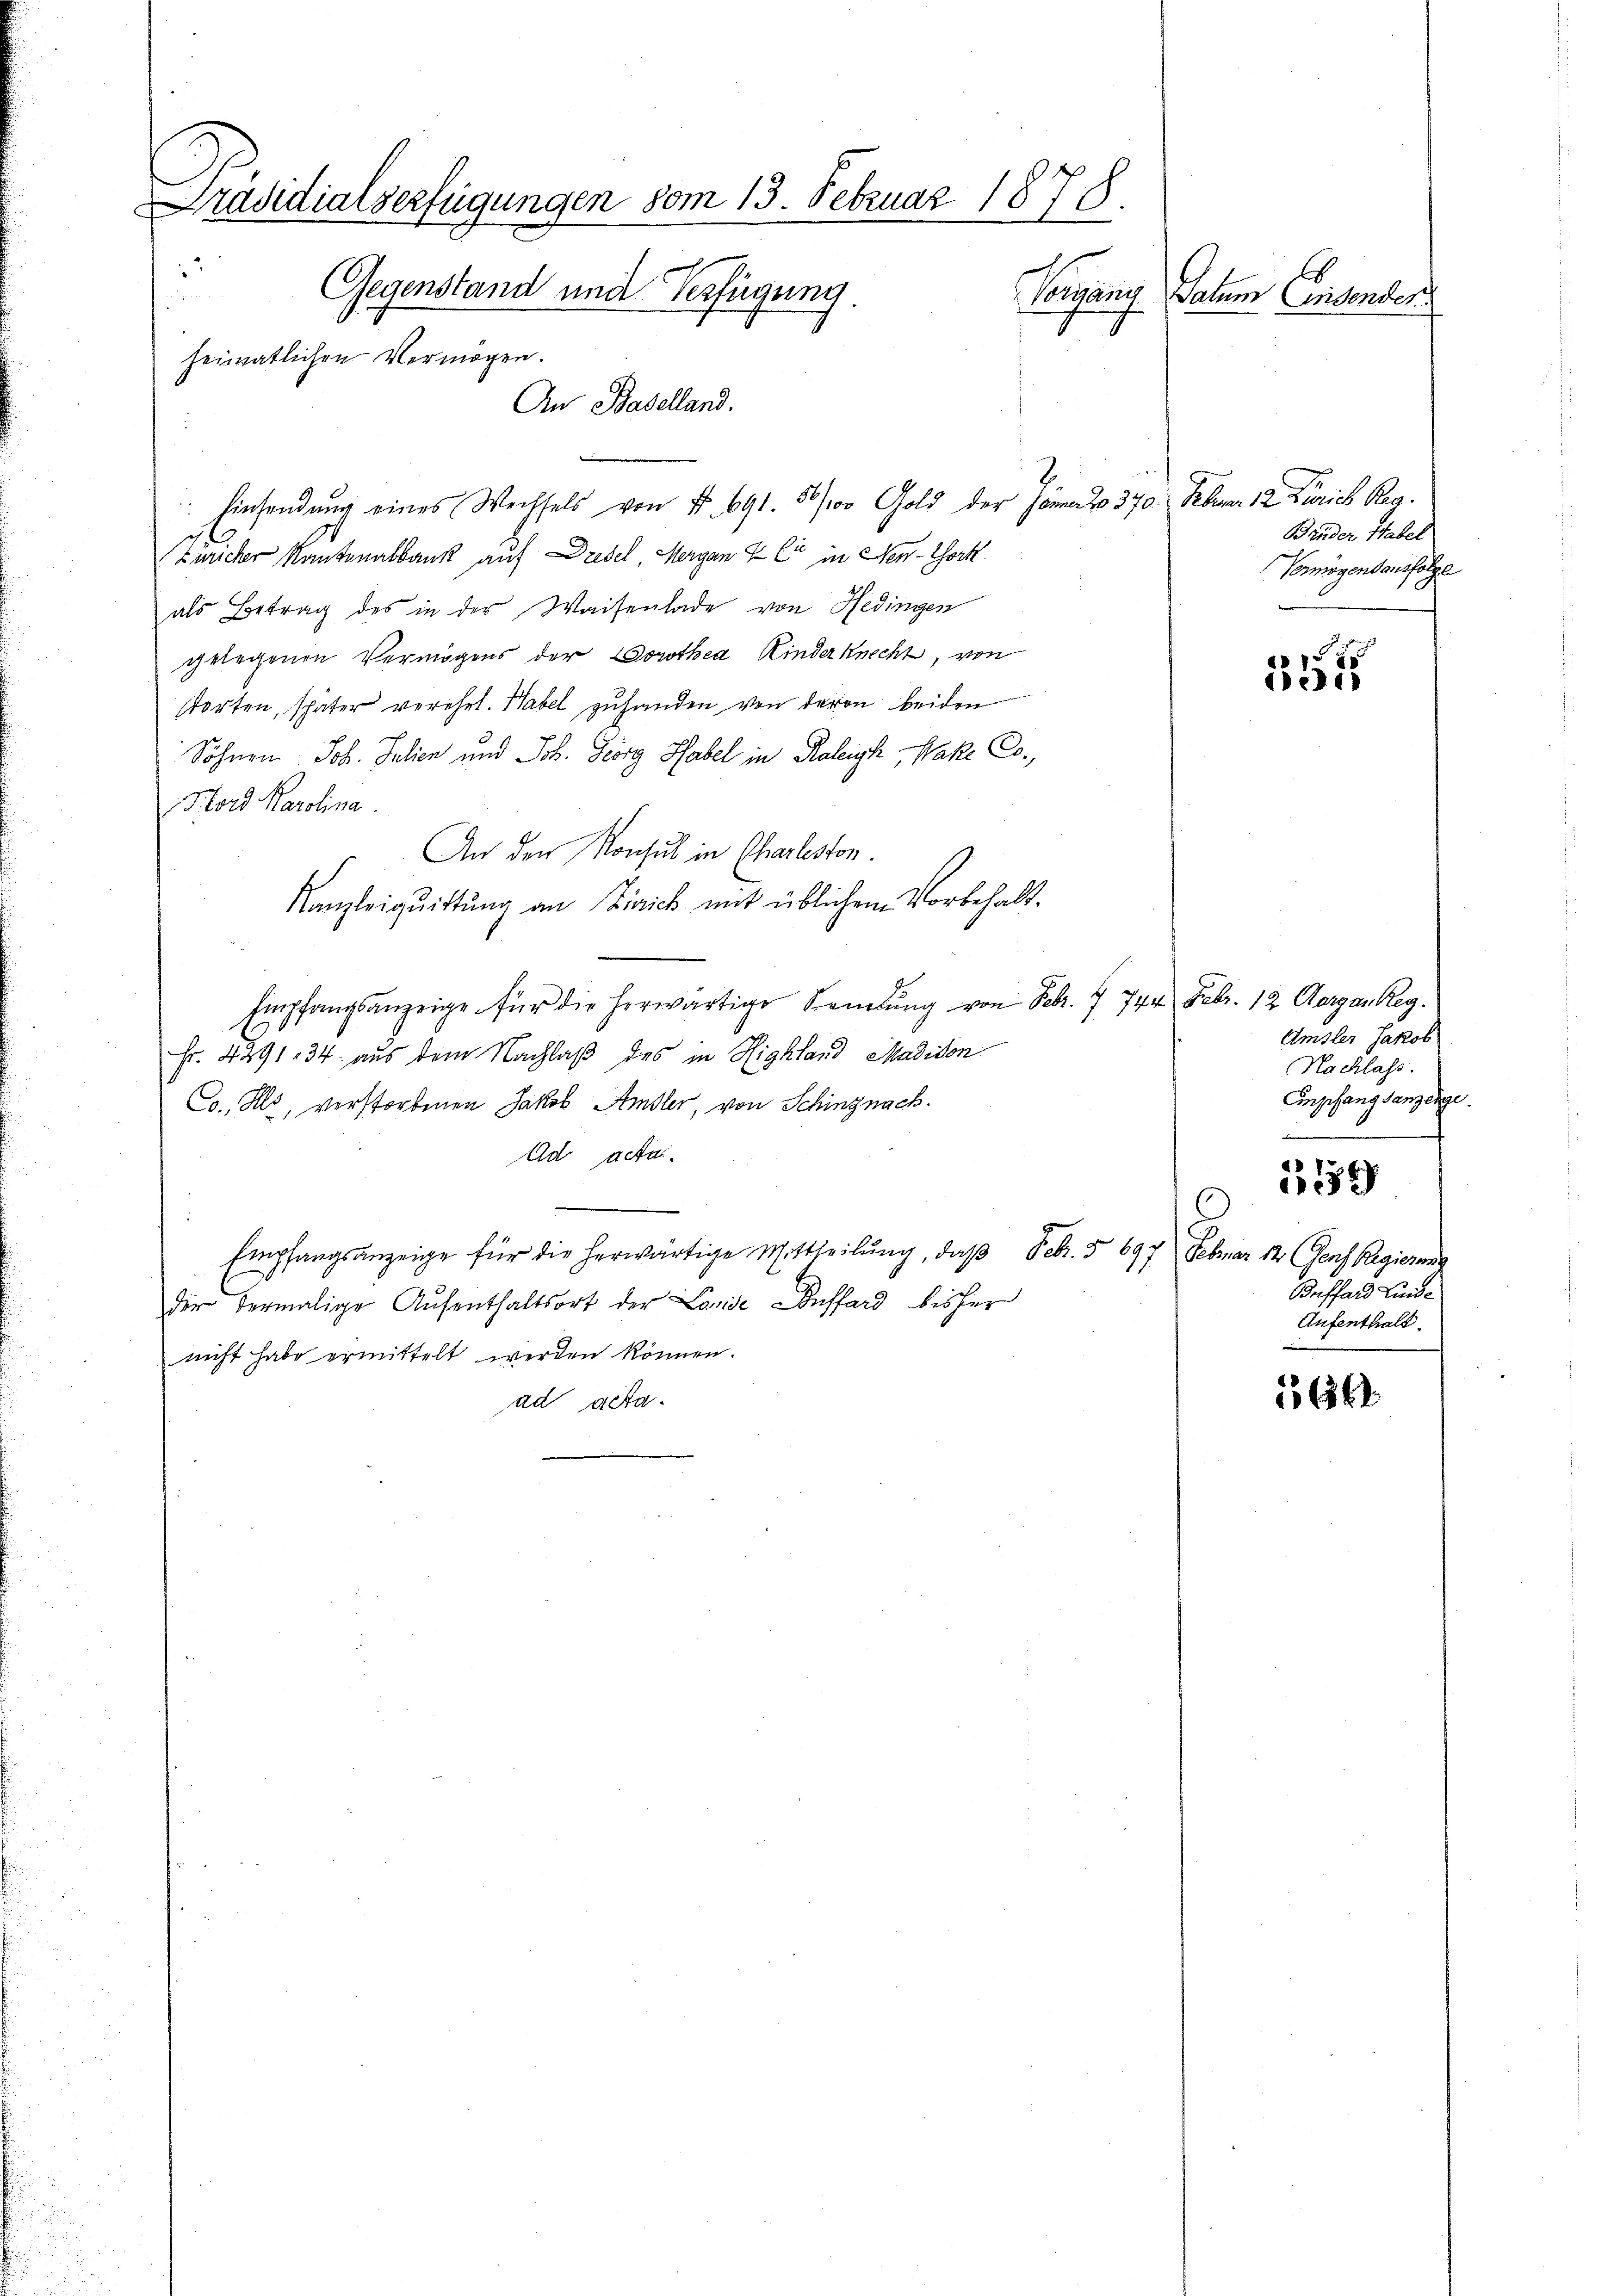
Präsidialserfügungen vom 13. Februar 1878.
h
2
Gegenstand und Verfügung.
Vorgang Datum Insonder
heimatlichen Vermögen.
An Baselland.

hinsendung eines Wechsels von §. 691. 56/100 Gold der Jena Do 370.
Zuricher Kantonalbank auf Drebel, Mergan & Cie in New-York
als Betrag des in der Waisenlade von Hedingen
gelegenen Vermögens der Dorothea Kinderknecht, von
storten, später verehel. Habel zuhanden von deren beiden
Söhnen Joh. Julien und Joh. Georg Habel in Kaleich, Wake Co
Hord Karolina
An den Konsul in Charliston
Kanzleiquittung an Zivick mit üblichem Vorbehalt¬
Empfangsanzeige für die herwärtige Sandlung von Febr. 1 744. Febr. 12 Aergan Reg.
Fr. 4291. 34 aus dem Nachlaß des in Highland Madison
Co. Als, verstorbenen Jakob Amsler, von Schinznach.
Ad acta.
Empfangsanzeige für die herwärtige Mittheilŭng, daβ Febr. § 697 Februar 14 Genf Regierung
der vermalige Aufenthaltsort der Lande Auffard bisher
nicht habe ermittelt werden können.
ad acta.

2.

Feber 12. Zürich Reg.
Brüder Habel
Vermögensausfolge

257

Amsler Jakob
Nachlass.
Empfangsanzeige.
.

.
Boffard Luide
Aufenthalt.

12
2

1566